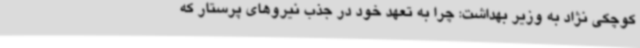
کوچکی نژاد به وزیر بهداشت: چرا به تعهد خود در جذب نیروهای پرستار که